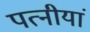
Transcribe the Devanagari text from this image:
पत्नीयां